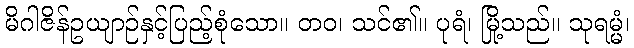
မိဂါဇိန်ဥယျာဉ်နှင့်ပြည့်စုံသော။ တဝ၊ သင်၏။ ပုရံ၊ မြို့သည်။ သုရမ္မံ၊